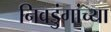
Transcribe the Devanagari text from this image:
निवडुंगांच्या